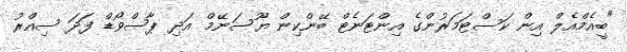
"ބީއެމްއެލް އިން ކަސްޓަމަރުންގެ އިންޓަނެޓް ބޭންކިން ޔޫސަނޭމް އަދި ޕާސްވޯޑް ފަދަ ސިއްރު